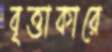
বৃত্তাকারে